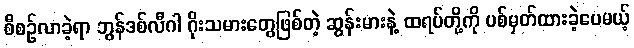
စီစဥ်လာခဲ့ရာ ဘွန်ဒစ်လီဂါ ဂိုးသမားတွေဖြစ်တဲ့ ဆွန်းမားနဲ့ ထရပ်တို့ကို ပစ်မှတ်ထားခဲ့ပေမယ့်